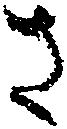
さ